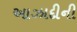
આઝાદીની